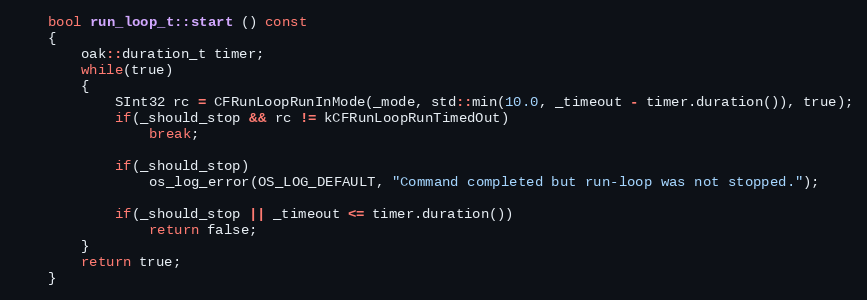
Language: C++
	bool run_loop_t::start () const
	{
		oak::duration_t timer;
		while(true)
		{
			SInt32 rc = CFRunLoopRunInMode(_mode, std::min(10.0, _timeout - timer.duration()), true);
			if(_should_stop && rc != kCFRunLoopRunTimedOut)
				break;

			if(_should_stop)
				os_log_error(OS_LOG_DEFAULT, "Command completed but run-loop was not stopped.");

			if(_should_stop || _timeout <= timer.duration())
				return false;
		}
		return true;
	}